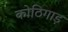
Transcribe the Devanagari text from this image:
कोठिगाड़